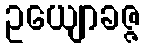
ဥယျောခဇ္ဇ